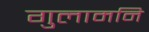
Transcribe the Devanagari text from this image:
गुलामनि